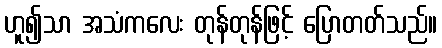
ဟူ၍သာ အသံကလေး တုန်တုန်ဖြင့် ပြောတတ်သည်။